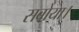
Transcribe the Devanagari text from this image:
सबोया।